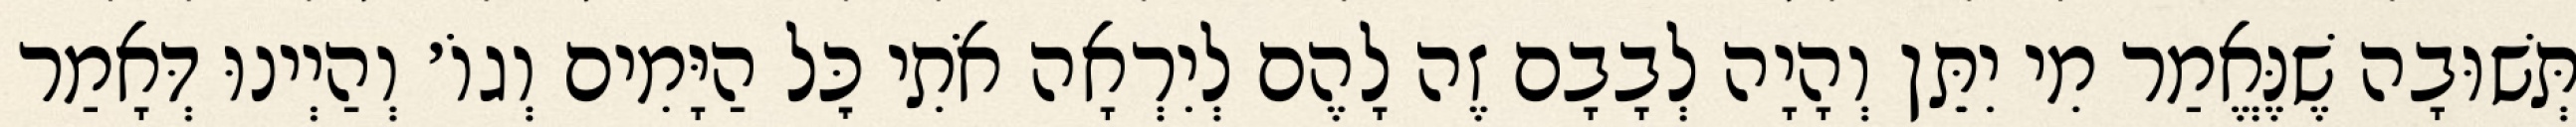
תְּשׁוּבָה שֶׁנֶּאֱמַר מִי יִתֵּן וְהָיָה לְבָבָם זֶה לָהֶם לְיִרְאָה אֹתִי כׇּל הַיָּמִים וְגוֹ׳ וְהַיְינוּ דְּאָמַר